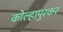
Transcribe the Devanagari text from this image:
कोल्हापुरकर